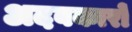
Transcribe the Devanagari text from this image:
अदबकारों